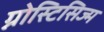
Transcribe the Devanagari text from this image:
ग्नोस्टिसिज्म